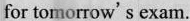
for tomorrow's exam.